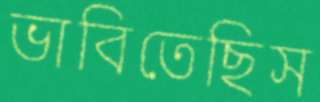
ভাবিতেছিস